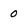
Character: 0